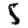
Digit: 5